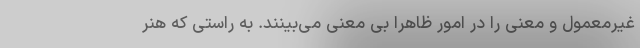
غیرمعمول و معنی را در امور ظاهراً بی معنی می‌بینند. به راستی که هنر